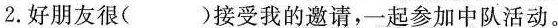
2.好朋友很()接受我的邀请，一起参加中队活动。